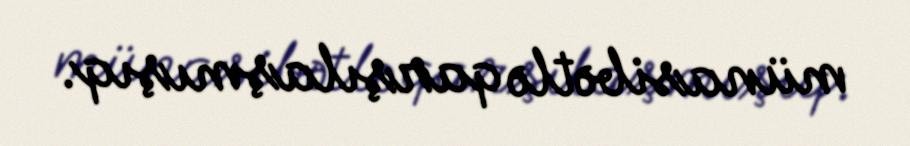
münasibətlə qarşılaşmışıq.